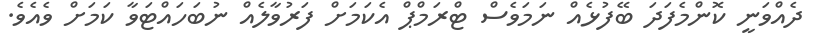
ދެއްވަނީ ކޮންމެފަދަ ބޭފުޅެއް ނަމަވެސް ޓްރަމްޕް އެކަމަށް ފަރުވާލެއް ނުބަހައްޓަވާ ކަމަށް ވެއެވެ.